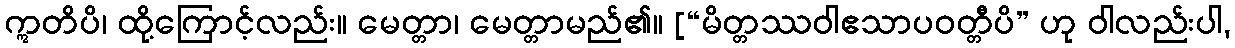
ဣတိပိ၊ ထို့ကြောင့်လည်း။ မေတ္တာ၊ မေတ္တာမည်၏။ [“မိတ္တဿဝါဧသာပဝတ္တီပိ” ဟု ဝါလည်းပါ,